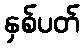
နှစ်ပတ်